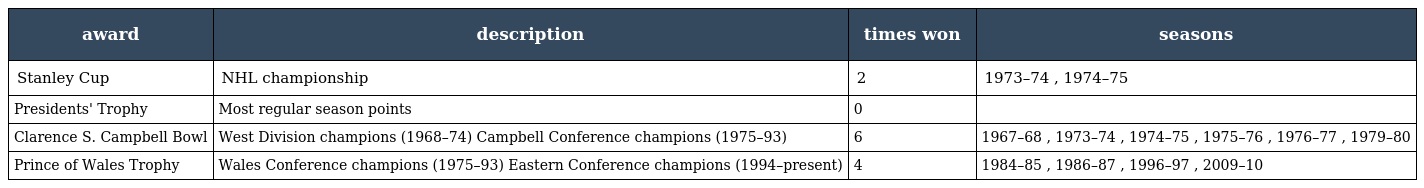
| award | description | times won | seasons |
 | --- | --- | --- | --- |
 | Stanley Cup | NHL championship | 2 | 1973–74 , 1974–75 |
 | Presidents' Trophy | Most regular season points | 0 |  |
 | Clarence S. Campbell Bowl | West Division champions (1968–74) Campbell Conference champions (1975–93) | 6 | 1967–68 , 1973–74 , 1974–75 , 1975–76 , 1976–77 , 1979–80 |
 | Prince of Wales Trophy | Wales Conference champions (1975–93) Eastern Conference champions (1994–present) | 4 | 1984–85 , 1986–87 , 1996–97 , 2009–10 |